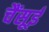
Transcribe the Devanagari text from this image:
चैंसूई